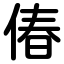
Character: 偆